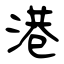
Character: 港